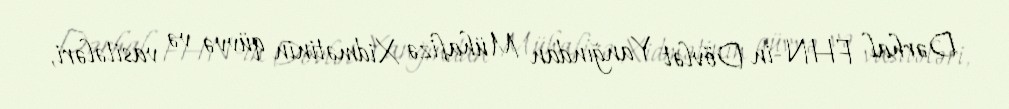
Dərhal FHN-in Dövlət Yanğından Mühafizə Xidmətinin qüvvə və vasitələri,